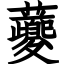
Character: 𧅄